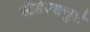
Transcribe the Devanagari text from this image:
स्टैडेल्सचुले